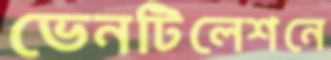
ভেনটিলেশনে